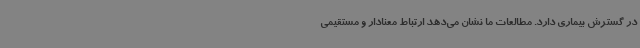
در گسترش بیماری دارد. مطالعات ما نشان می‌دهد ارتباط معنادار و مستقیمی